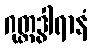
ဂုတ္တဒွါရာနံ